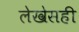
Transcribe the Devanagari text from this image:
लेखेसही